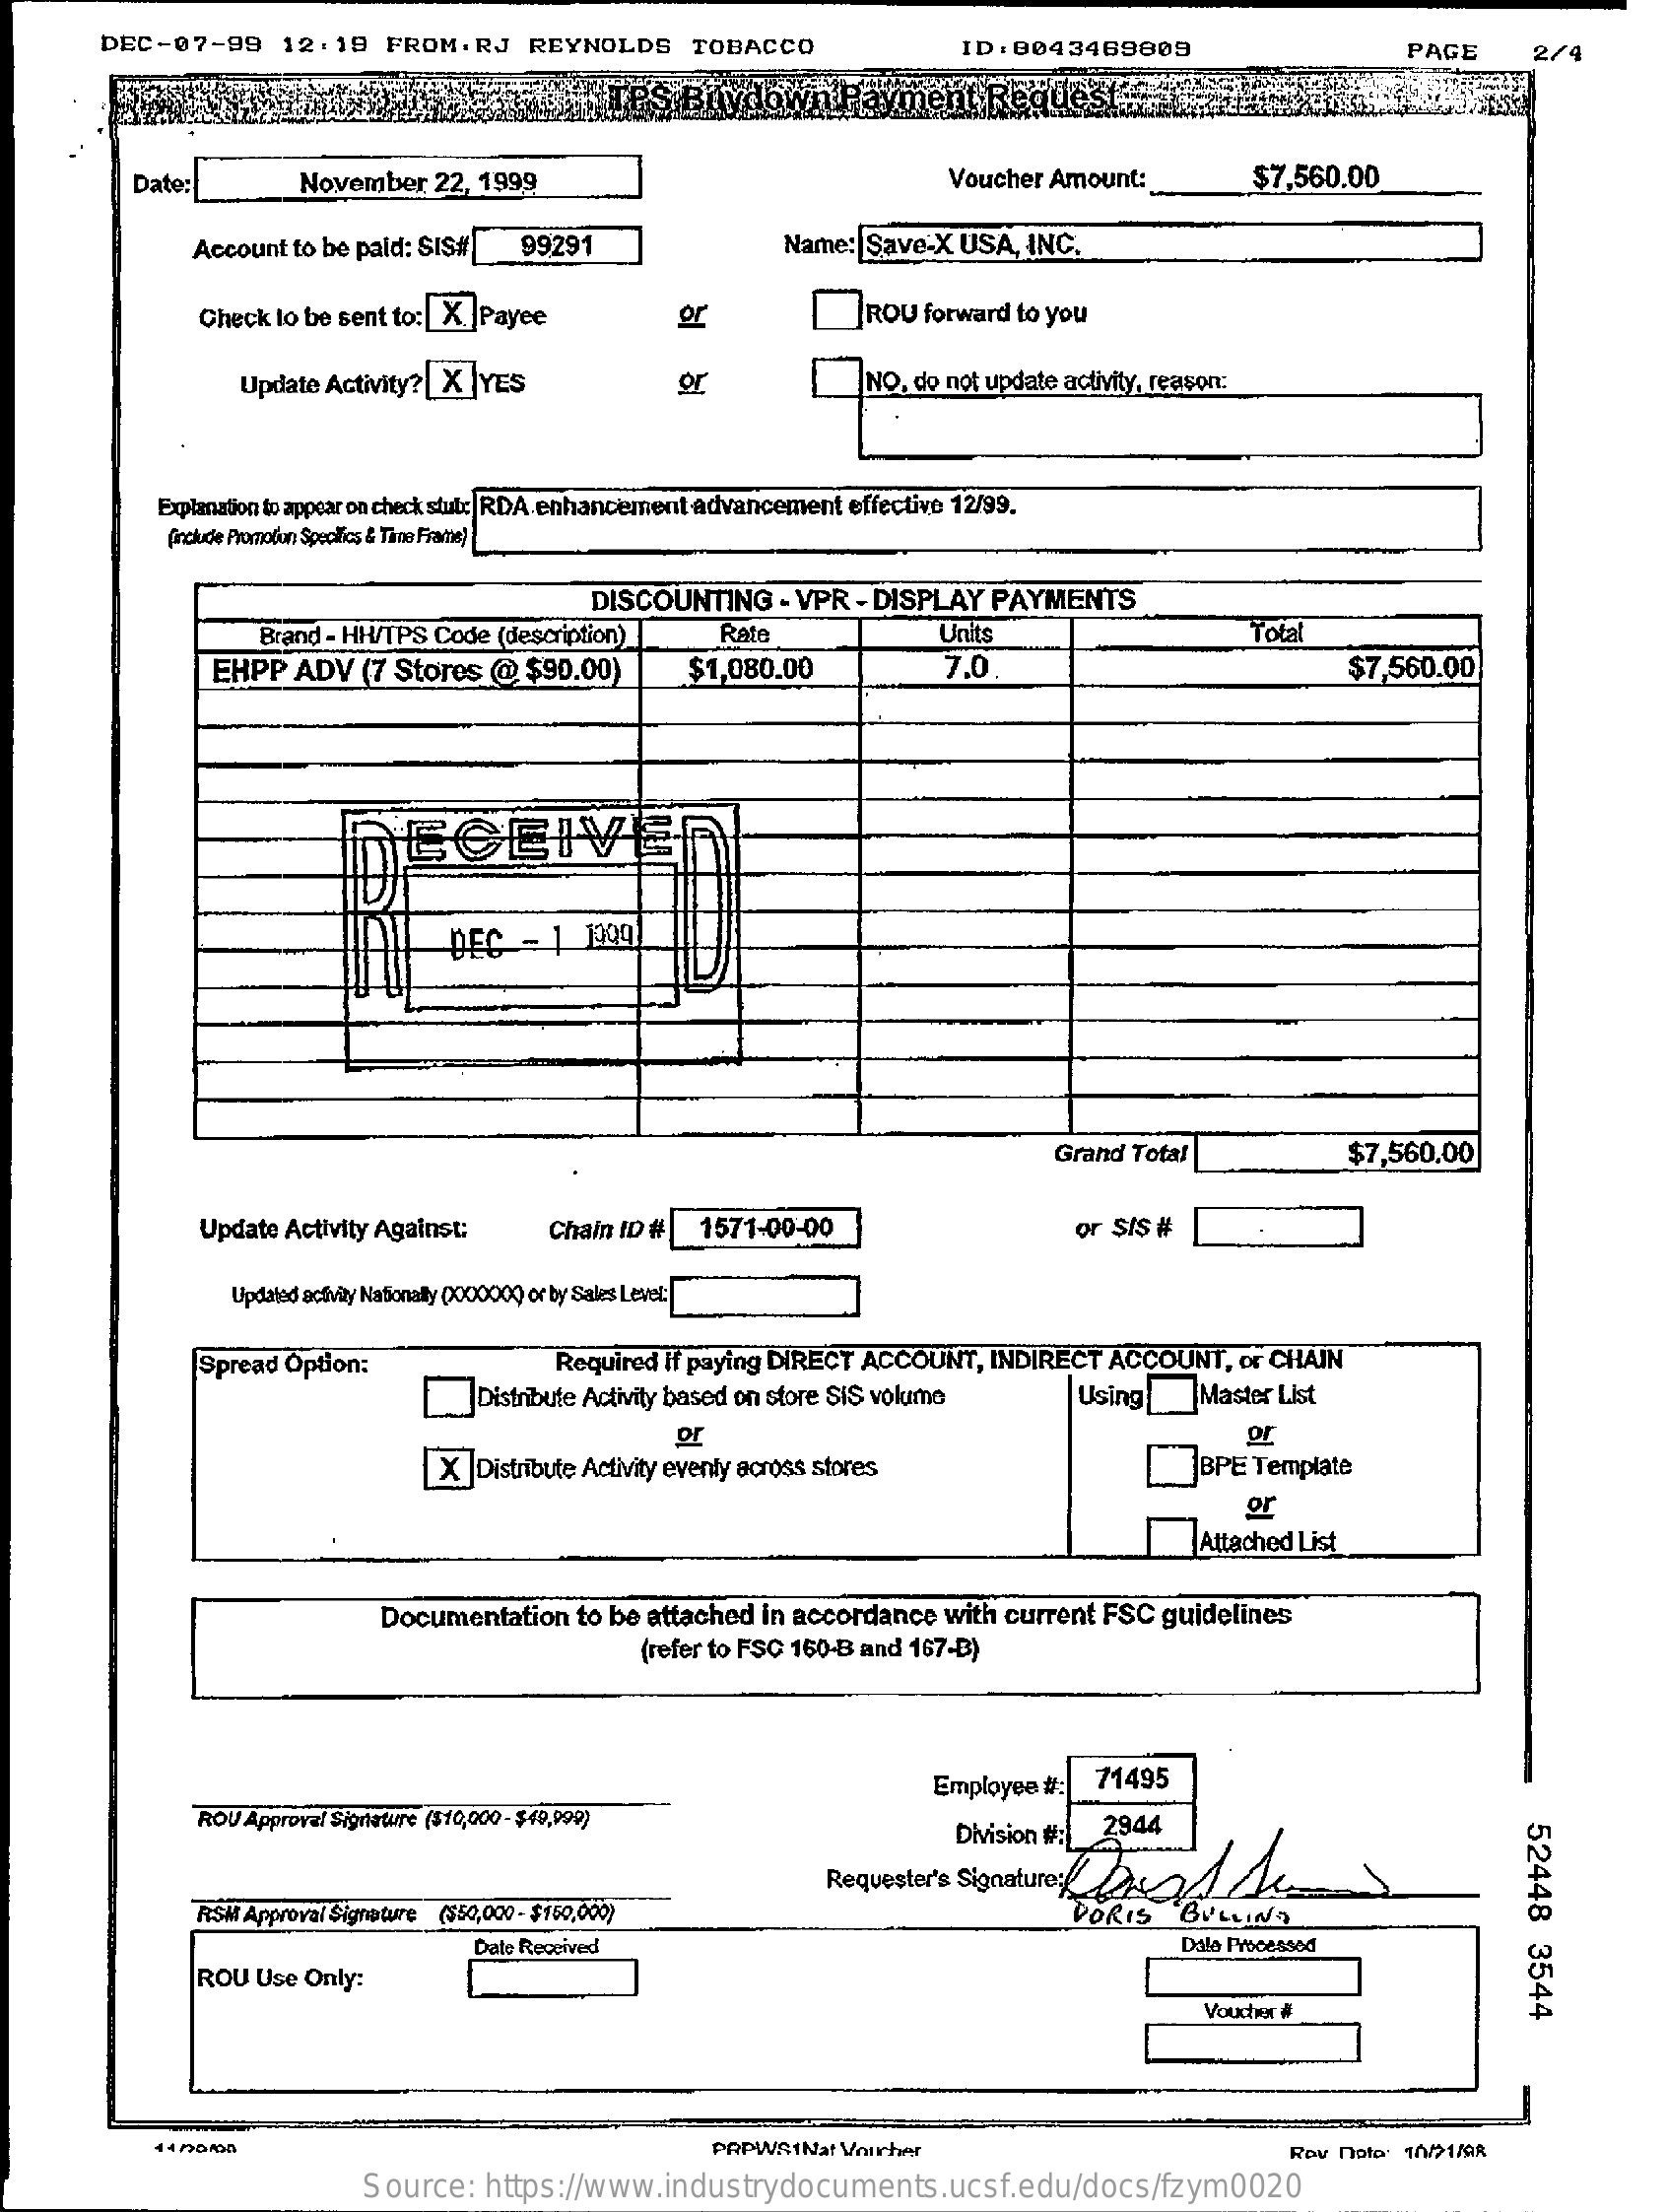
DEC-07-99    12:19    FROM.RJ    REYNOLDS    TOBACCO    ID: 0043469809    PAGE    2/4
     Date:    November   22, 1999    Voucher Amount:    $7,560.00
     Account to be paid: SIS#   99291    Name: Save-X  USA, INC.
     Check to be sent to: |X |Payee    ROU  forward to you
     Update Activity? |X |YES    NO. do not update activity, reason:
     Explanation to appear on check slut: RDA enhancement advancement effective 12/99.
     (include Promotion Specifics & Time Frame)
     DISCOUNTING    - VPR - DISPLAY  PAYMENTS
     Brand - HH/TPS Code (description)    Rate    Units    Total
     EHPP   ADV  (7 Stores   @ $90.00)    $1,080.00    7.0    $7,560.00)
     DECEIVED
     DEC   - 1  1309
     Grand Total    $7,560.00
     Update Activity Against:    Chain ID #   1571-00-00    or ŞIŞ #
     Updated activity Nationally 0000000 or by Sales Level:
     Spread Option:    Required if paying DIRECT ACCOUNT, INDIRECT  ACCOUNT,   OF CHAIN
     Distribute Activity based on store SIS volume    Using    Master List
     X |Distribute Activity eventy across stores
     or
     BPE Template
     or
     Attached List
     Documentation  to be attached  in accordance  with current FSC  guidelines
     (refer to FSC 160-B and 167-B)
     Employee #:  71495
     ROU Approval Signature ($10,000-$49,999)
     Division #: 2944
     52448
     3544
     Requester's Signature:
     RSM Approval Signature ($50,000 - $150,000)    DORIS    BULLINS
     Date Received    Dale Processed
     ROU  Use Only:
     Voucher #
     PRPWSINat Vnurher    Rev note: 1h/21/9R
     Source:   https://www.industrydocuments.ucsf.edu/docs/fzym0020